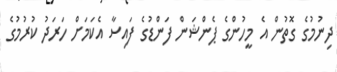
ދިނުމުގެ ގޮތުން އެ މީހުންގެ ޕެންޝަން ފަންޑުގެ ފައިސާ އެކަމަށް ހަރަދު ކުރުމުގެ